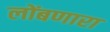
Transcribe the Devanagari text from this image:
लोंबणारा